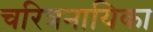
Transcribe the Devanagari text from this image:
चरित्रनायिका